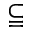
\subseteqq